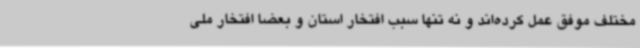
مختلف موفق عمل کرده‌اند و نه تنها سبب افتخار استان و بعضا افتخار ملی